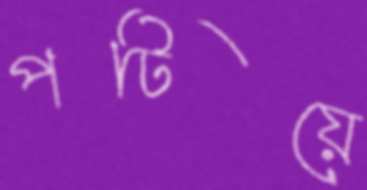
পটিয়ে